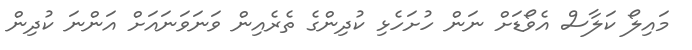
މައިލޯ ކަލާސް އެވޯޑަށް ނަން ހުށަހެޅި ކުދިންގެ ތެރެއިން ވަނަވަނައަށް އަންނަ ކުދިން